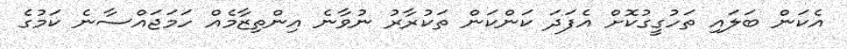
އެކަން ބަަލައި ތަހުގީގުކޮށް އެފަދަ ކަންކަން ތަކުރާރު ނުވާނެ އިންތިޒާމެއް ހަމަޖައްސާނެ ކަމުގެ